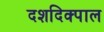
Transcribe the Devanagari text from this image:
दशदिक्पाल